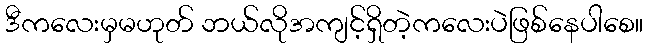
ဒီကလေးမှမဟုတ် ဘယ်လိုအကျင့်ရှိတဲ့ကလေးပဲဖြစ်နေပါစေ။